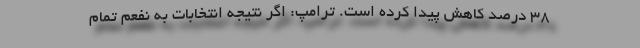
۳۸ درصد کاهش پیدا کرده است. ترامپ: اگر نتیجه انتخابات به نفعم تمام